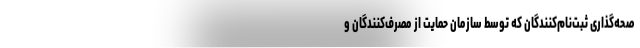
صحه‌گذاری ثبت‌نام‌کنندگان که توسط سازمان حمایت از مصرف‌کنندگان و